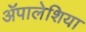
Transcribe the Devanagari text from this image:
ॲपालेशिया